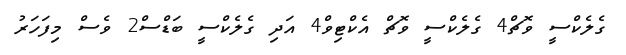
ގެލެކްސީ ވޮޗް4 ގެލެކްސީ ވޮޗް އެކްޓިވް4 އަދި ގެލެކްސީ ބަޑްސް2 ވެސް މިފަހަރު